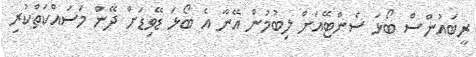
ރީބައުންސް ބޯޅަ ސެންޓޭއަށް ލިބުމުން އޭނާ އެ ބޯޅަ ޑޭވިޑަށް ދޭން މަސައްކަތްކުރި